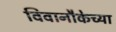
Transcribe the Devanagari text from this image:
विवानौकेच्या